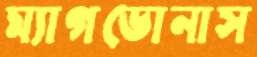
ম্যাগডোনাস